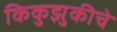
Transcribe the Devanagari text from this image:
किकुझुकीचे